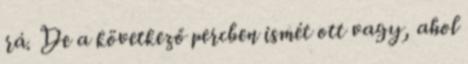
rá. De a következő percben ismét ott vagy, ahol